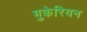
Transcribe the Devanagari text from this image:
मुकेरियन